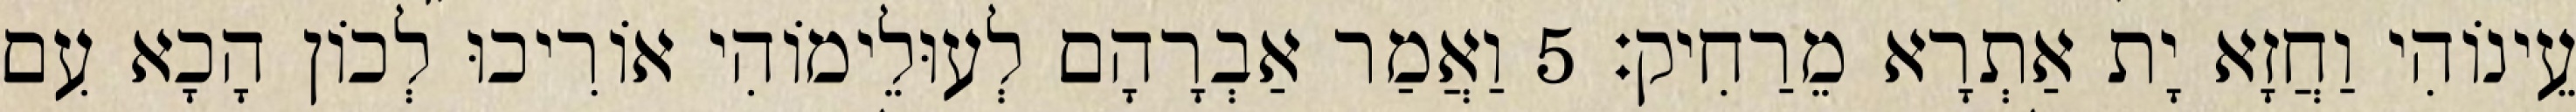
עֵינוֹהִי וַחֲזָא יָת אַתְרָא מֵרַחִיק׃ 5 וַאֲמַר אַבְרָהָם לְעוּלֵימוֹהִי אוֹרִיכוּ לְכוֹן הָכָא עִם